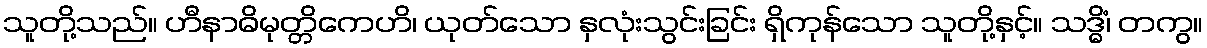
သူတို့သည်။ ဟီနာဓိမုတ္တိကေဟိ၊ ယုတ်သော နှလုံးသွင်းခြင်း ရှိကုန်သော သူတို့နှင့်။ သဒ္ဓိံ၊ တကွ။